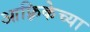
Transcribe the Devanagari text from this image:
आफ़्रिकेच्या